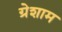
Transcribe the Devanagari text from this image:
ग्रेशाम